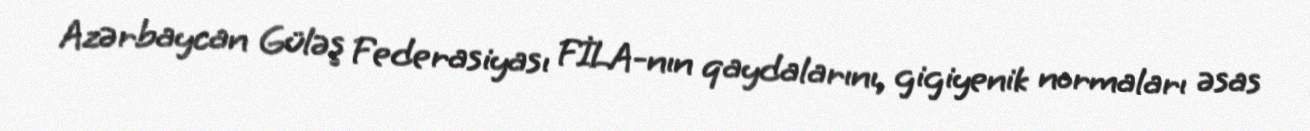
Azərbaycan Güləş Federasiyası FİLA-nın qaydalarını, gigiyenik normaları əsas